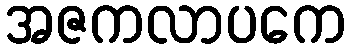
အဇကလာပကေ